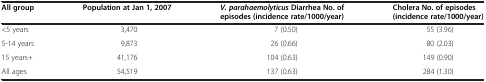
<table><thead><tr><td><b>All group</b></td><td><b>Population at Jan 1, 2007</b></td><td><b><i>V. parahaemolyticus </i>Diarrhea No. of episodes (incidence rate/1000/year)</b></td><td><b>Cholera No. of episodes (incidence rate/1000/year)</b></td></tr></thead><tbody><tr><td>&lt;5 years</td><td>3,470</td><td>7 (0.50)</td><td>55 (3.96)</td></tr><tr><td>5-14 years</td><td>9,873</td><td>26 (0.66)</td><td>80 (2.03)</td></tr><tr><td>15 years+</td><td>41,176</td><td>104 (0.63)</td><td>149 (0.90)</td></tr><tr><td>All ages</td><td>54,519</td><td>137 (0.63)</td><td>284 (1.30)</td></tr></tbody></table>